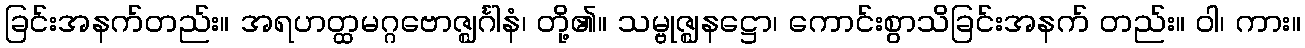
ခြင်းအနက်တည်း။ အရဟတ္ထမဂ္ဂဗောဇ္ဈင်္ဂါနံ၊ တို့၏။ သမ္ဗုဇ္ဈနဋ္ဌော၊ ကောင်းစွာသိခြင်းအနက် တည်း။ ဝါ၊ ကား။